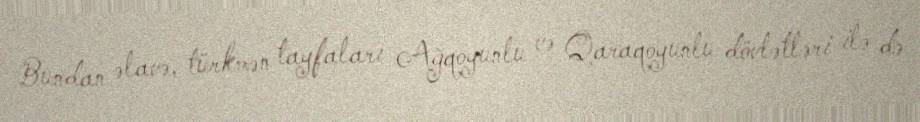
Bundan əlavə, türkmən tayfaları Ağqoyunlu və Qaraqoyunlu dövlətləri ilə də